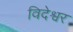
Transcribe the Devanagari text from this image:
विदेश्वर